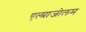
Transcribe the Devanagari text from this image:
एल्प्राजोलम